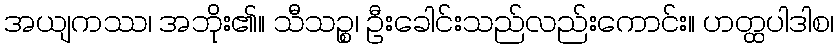
အယျကဿ၊ အဘိုး၏။ သီသဉ္စ၊ ဦးခေါင်းသည်လည်းကောင်း။ ဟတ္ထပါဒါစ၊